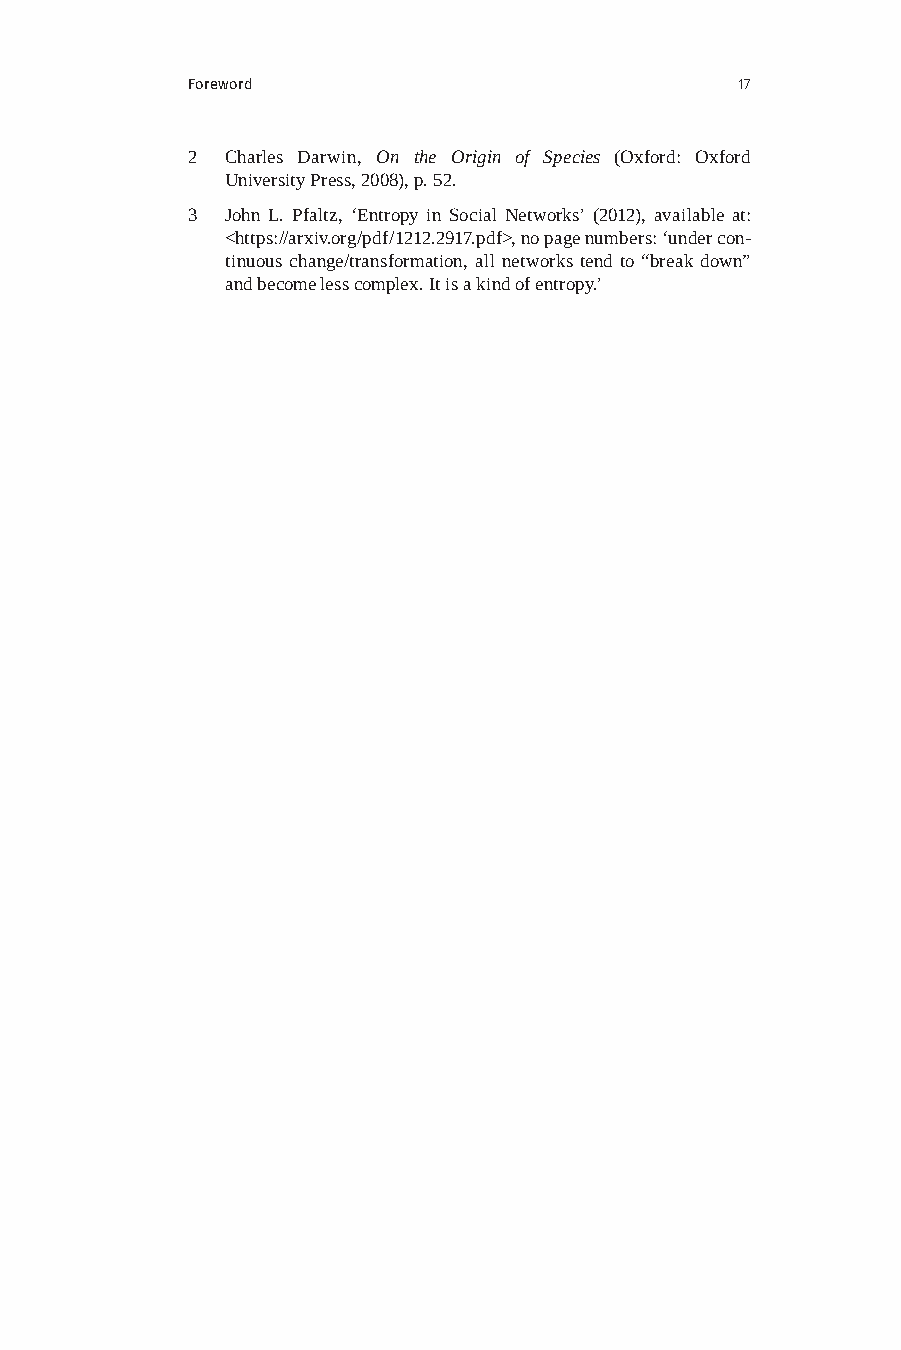
Foreword                             17
 2  Charles Darwin, On the Origin of Species (Oxford: Oxford
 University Press, 2008), p. 52.
 3  John L. Pfaltz, ‘Entropy in Social Networks’ (2012), available at:
 <https://arxiv.org/pdf/1212.2917.pdf>, no page numbers: ‘under con-
 tinuous change/transformation, all networks tend to “break down”
 and become less complex. It is a kind of entropy.’